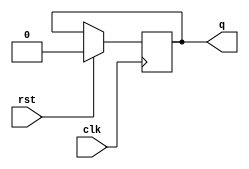
module synchronous_sequential_logic (
    input wire clk,
    input wire rst,
    output reg q
);

always @ (negedge clk) begin
    if (rst) begin
        q <= 1'b0;
    end else begin
        // Perform specified action or update internal state here
    end
end

endmodule